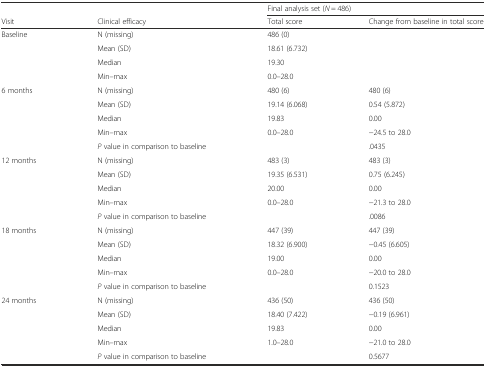
<table><thead><tr><td></td><td></td><td colspan="2"><b>Final analysis set (<i>N</i> = 486)</b></td></tr><tr><td><b>Visit</b></td><td><b>Clinical efficacy</b></td><td><b>Total score</b></td><td><b>Change from baseline in total score</b></td></tr></thead><tbody><tr><td>Baseline</td><td>N (missing)</td><td>486 (0)</td><td></td></tr><tr><td></td><td>Mean (SD)</td><td>18.61 (6.732)</td><td></td></tr><tr><td></td><td>Median</td><td>19.30</td><td></td></tr><tr><td></td><td>Min–max</td><td>0.0–28.0</td><td></td></tr><tr><td>6 months</td><td>N (missing)</td><td>480 (6)</td><td>480 (6)</td></tr><tr><td></td><td>Mean (SD)</td><td>19.14 (6.068)</td><td>0.54 (5.872)</td></tr><tr><td></td><td>Median</td><td>19.83</td><td>0.00</td></tr><tr><td></td><td>Min–max</td><td>0.0–28.0</td><td>−24.5 to 28.0</td></tr><tr><td></td><td><i>P</i> value in comparison to baseline</td><td></td><td>.0435</td></tr><tr><td>12 months</td><td>N (missing)</td><td>483 (3)</td><td>483 (3)</td></tr><tr><td></td><td>Mean (SD)</td><td>19.35 (6.531)</td><td>0.75 (6.245)</td></tr><tr><td></td><td>Median</td><td>20.00</td><td>0.00</td></tr><tr><td></td><td>Min–max</td><td>0.0–28.0</td><td>−21.3 to 28.0</td></tr><tr><td></td><td><i>P</i> value in comparison to baseline</td><td></td><td>.0086</td></tr><tr><td>18 months</td><td>N (missing)</td><td>447 (39)</td><td>447 (39)</td></tr><tr><td></td><td>Mean (SD)</td><td>18.32 (6.900)</td><td>−0.45 (6.605)</td></tr><tr><td></td><td>Median</td><td>19.00</td><td>0.00</td></tr><tr><td></td><td>Min–max</td><td>0.0–28.0</td><td>−20.0 to 28.0</td></tr><tr><td></td><td><i>P</i> value in comparison to baseline</td><td></td><td>0.1523</td></tr><tr><td>24 months</td><td>N (missing)</td><td>436 (50)</td><td>436 (50)</td></tr><tr><td></td><td>Mean (SD)</td><td>18.40 (7.422)</td><td>−0.19 (6.961)</td></tr><tr><td></td><td>Median</td><td>19.83</td><td>0.00</td></tr><tr><td></td><td>Min–max</td><td>1.0–28.0</td><td>−21.0 to 28.0</td></tr><tr><td></td><td><i>P</i> value in comparison to baseline</td><td></td><td>0.5677</td></tr></tbody></table>